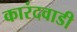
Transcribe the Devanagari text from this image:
कारंदवाडी